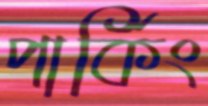
পার্কিং